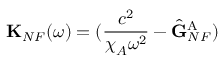
\mathbf { K } _ { N F } ( \omega ) = { ( \frac { c ^ { 2 } } { { \boldsymbol { \chi } } _ { A } \omega ^ { 2 } } - \hat { \mathbf { G } } _ { N F } ^ { \mathrm { A } } } )